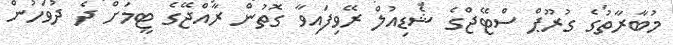
މުބާރާތުގެ ގުރޫޕް ސްޓޭޖްގެ ޝެޑިއުލް ރޭވިފައިވާ ގޮތުން ރާއްޖޭގެ ޓީމަށް ދެ ދުވަހުން